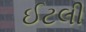
ઈટલી